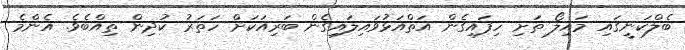
ބެލްކަނީގައި މައިލޯ ތަށި ހިފައިގެން އަތްއަޅުވައިލައިގެން ބަރިއަކަށް ހަތަރު ކުދިން ތިއްބެވެ. އެންމެ